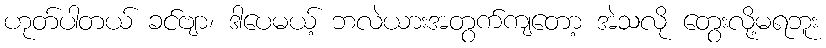
ဟုတ်ပါတယ် ခင်ဗျာ၊ ဒါပေမယ့် ဘလဲယားအတွက်ကျတော့ အဲသလို တွေးလို့မရဘူး